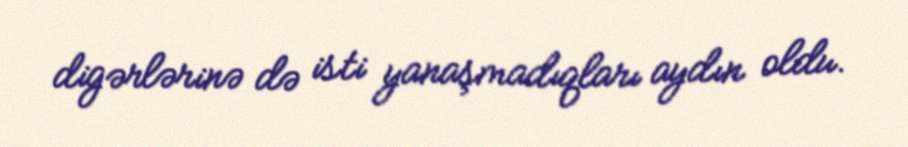
digərlərinə də isti yanaşmadıqları aydın oldu.